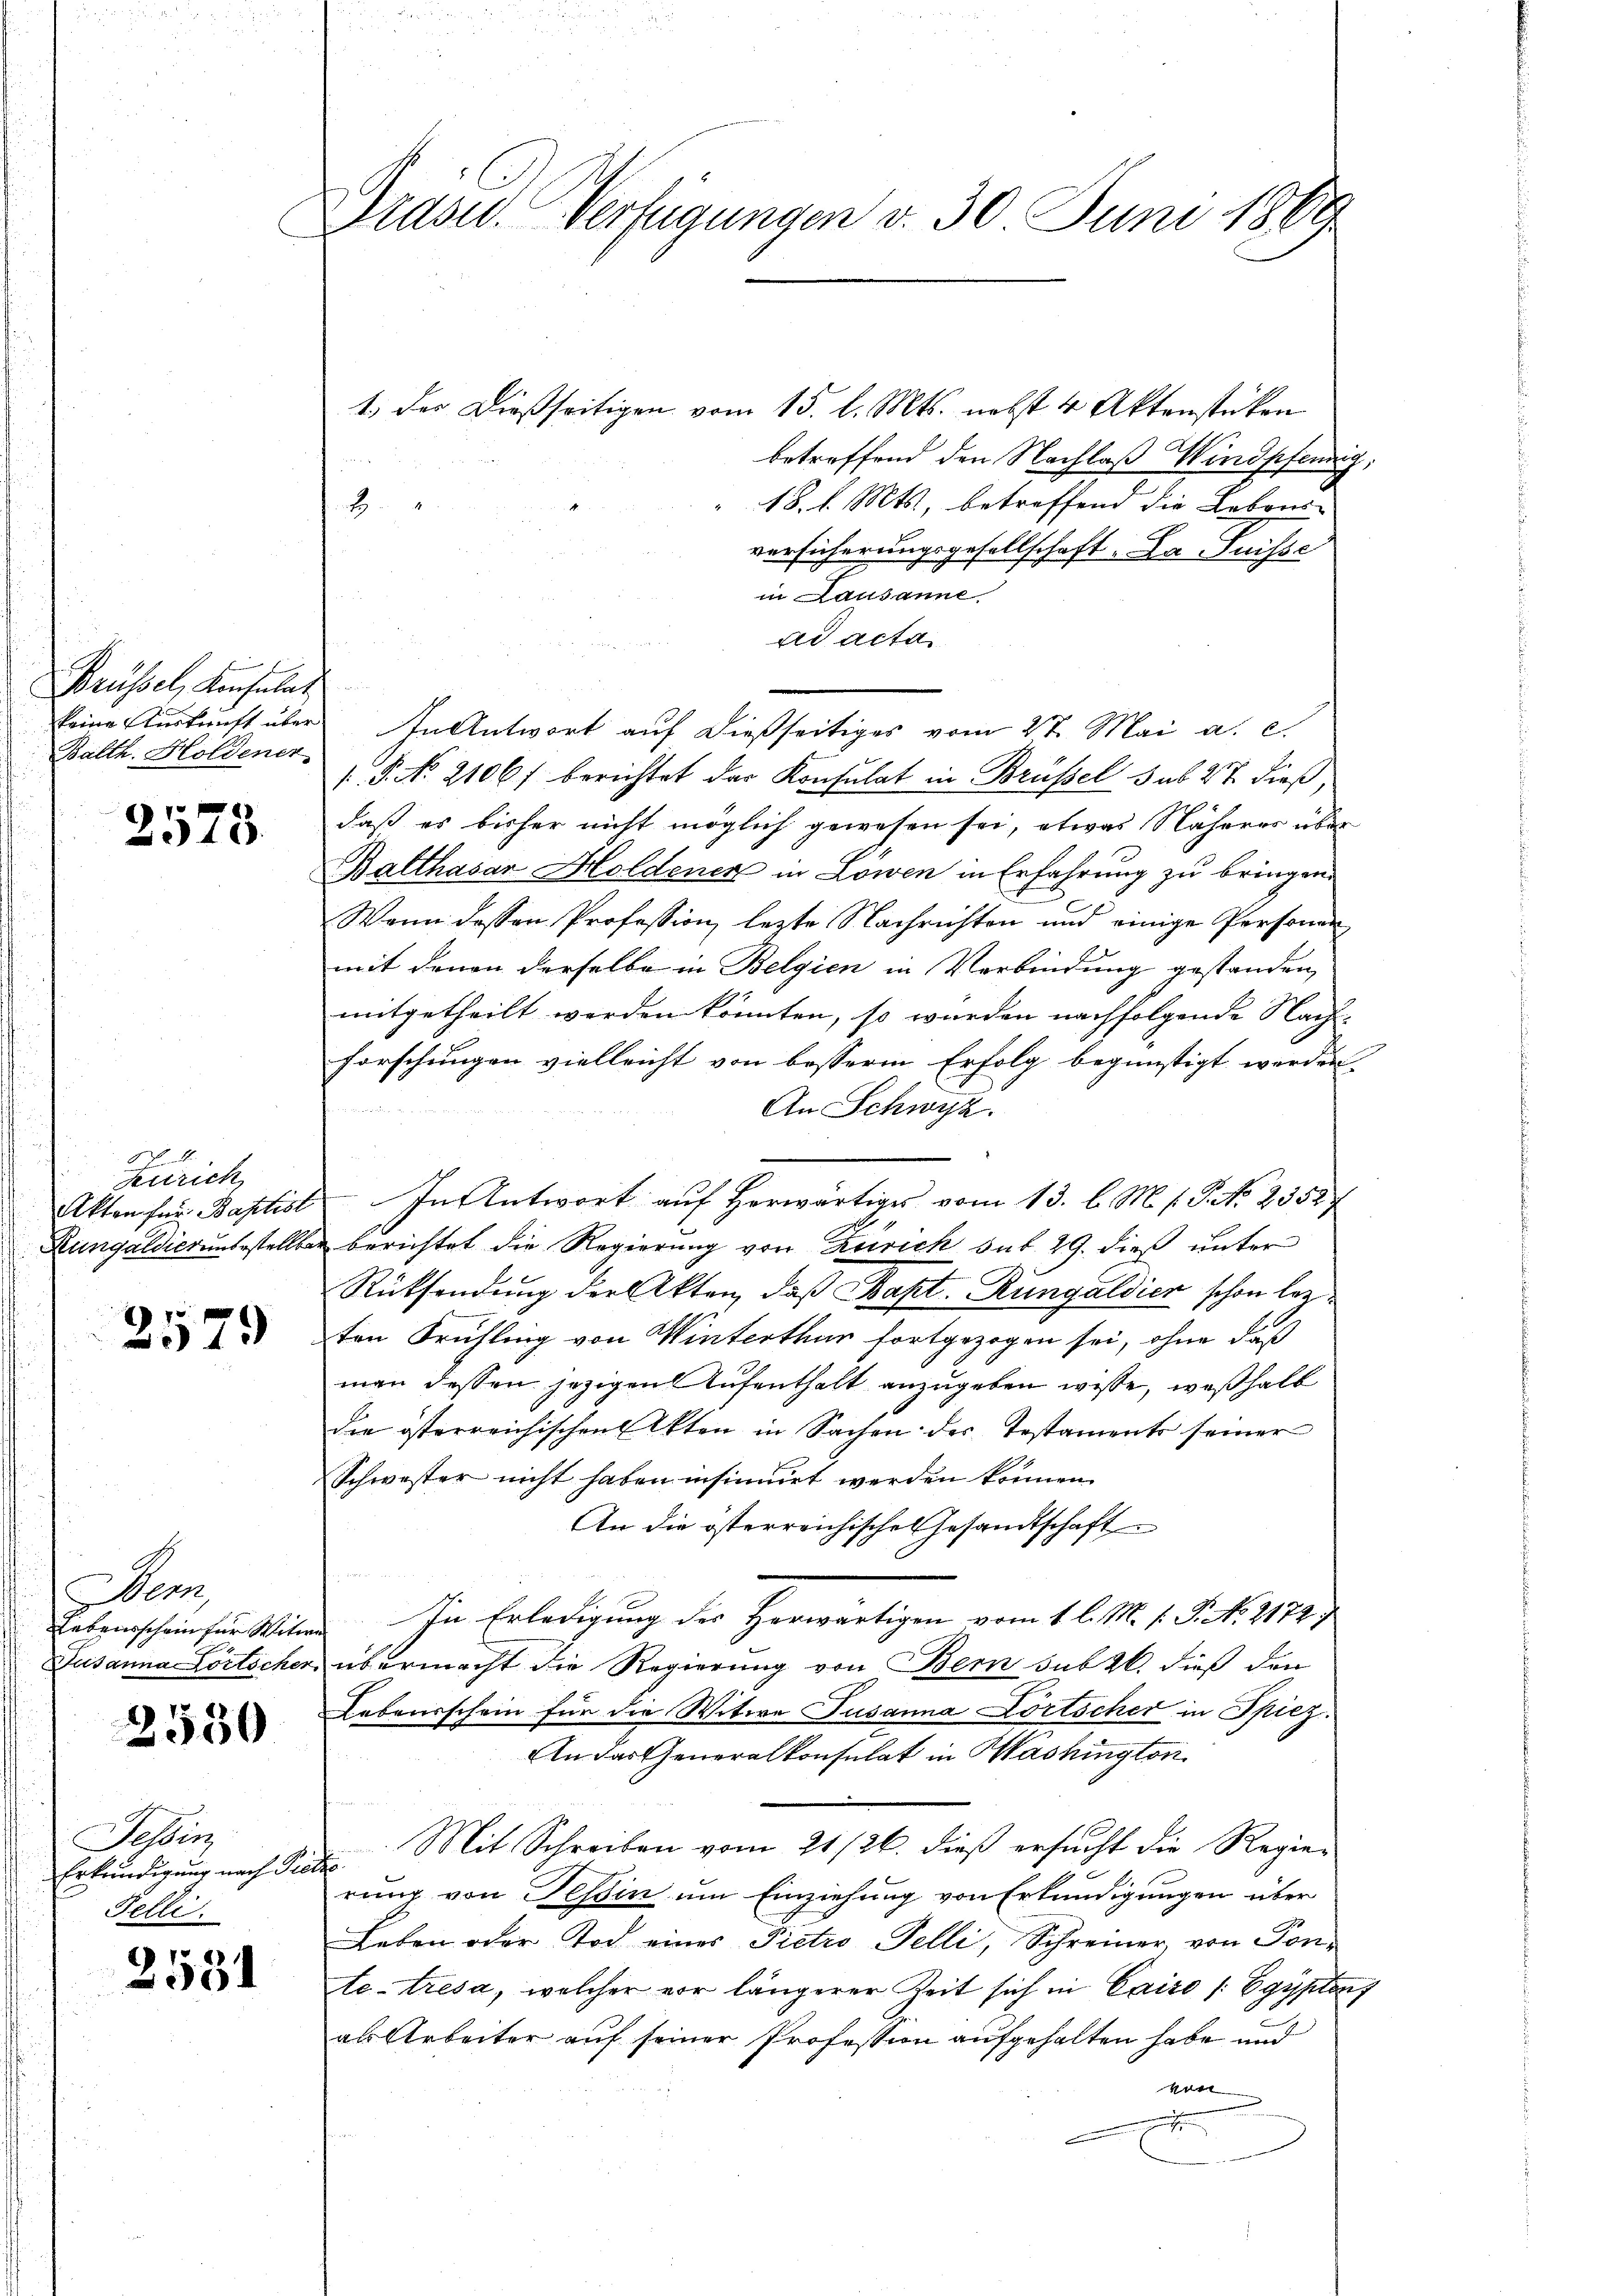
f
Brüssel, Konsulat
keine Auskunft über
Balth. Holdener

2573.

4.
Zürich
Akten für Baptist
Rungaldierunbestellba¬

2579

em
Lebensschein für Witw
Jusanna Portscher

2550

Tessin,
Erkundigung nach die
Felli.

2531

Präsid. Verfügungen v. 30 Juni 1869

1) der dießseitigen vom 15. l. Mts. nebst 4 Aktenstücken
betreffend den Nachlaß Windpfennig
18. l. Mts., betreffend die Lebens-
versicherungsgesellschaft. Da Suisse
in Lausanne
ad acta
In Antwort auf dießseitiges vom 2t. Mai a. c.
.P. No. 2106 f berichtet der Konsulat in Brüssel sub 27 dieß,
daß es bisher nicht möglich gewesen sei, etwas Näheres über
Balthasar Holdener in Lowen in Erfahrung zu bringen.
Wenn dessen Profession, lezte Nachrichten und einige Personen
mit denen derselbe in Belgien in Verbindung gestanden,
mitgetheilt werden könnten, so wurden nachfolgende Nach-
forschungen vielleicht von besserm Erfolg begünstigt werden.
An Schwyz.
In Antwort auf herwärtiges vom 13. l. M. s. S. No. 23527
berichtet die Regierung von Zürich sub 29. dieß unter
Rücksendung der Akten, daß Bapt. Rungaldier schon lezten Frühling von Winterthur fortgezogen sei, ohne daß
man dessen jezigen Aufenthalt anzugeben wisse, weßhalb
die österreichischen Akten in Sachen des Testaments seiner
Schwester nicht haben insinuirt werden können.
An die österreichische Gesandtschaft
In Erledigung des Herwärtigen vom 1 l. M. h. T. No 2172.
übermacht die Regierung von Bern sub 20. dieß den
Lebensschein für die Witwe Susanna Dortscher in Spiez.
An das Generalkonsulat in Washington
Mit Schreiben vom 21/26. dieß ersucht die Regier
rung von Teßin um Einziehung von Erkundigungen über
Leben oder Tod eines Pietro Telli, Schreiner von Ponte-tresa, welcher vor längerer Zeit sich in Cairo /: Egypten
al Arbeiter auf seiner Profession aufgehalten habe und
kon
e